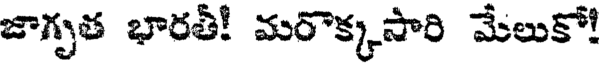
జాగృత భారతీ! మరొక్కసారి మేలుకో!